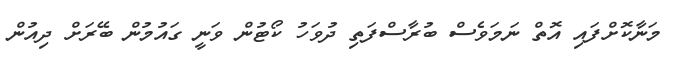
މަނާކޮށްފައި އޮތް ނަމަވެސް ބުރާސްފަތި ދުވަހު ކޯޓުން ވަނީ ގައުމުން ބޭރަށް ދިއުން